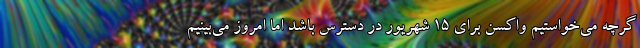
گرچه می‌خواستیم واکسن برای ۱۵ شهریور در دسترس باشد اما امروز می‌بینیم